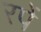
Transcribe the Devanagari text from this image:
रपें